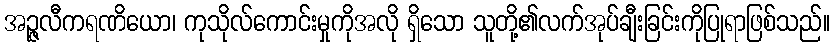
အဉ္ဇလီကရဏိယော၊ ကုသိုလ်ကောင်းမှုကိုအလို ရှိသော သူတို့၏လက်အုပ်ချီးခြင်းကိုပြုရာဖြစ်သည်။